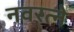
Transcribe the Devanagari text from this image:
नवरत्ने